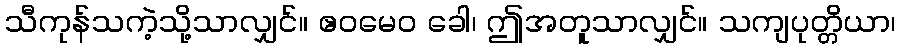
သီကုန်သကဲ့သို့သာလျှင်။ ဧဝမေဝ ခေါ၊ ဤအတူသာလျှင်။ သကျပုတ္တိယာ၊